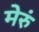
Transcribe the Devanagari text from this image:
मेरुं